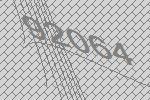
92064